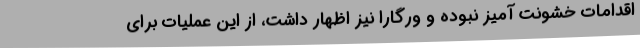
اقدامات خشونت آمیز نبوده و ورگارا نیز اظهار داشت، از این عملیات برای